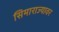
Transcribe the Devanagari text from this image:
सिमाराज्यावर